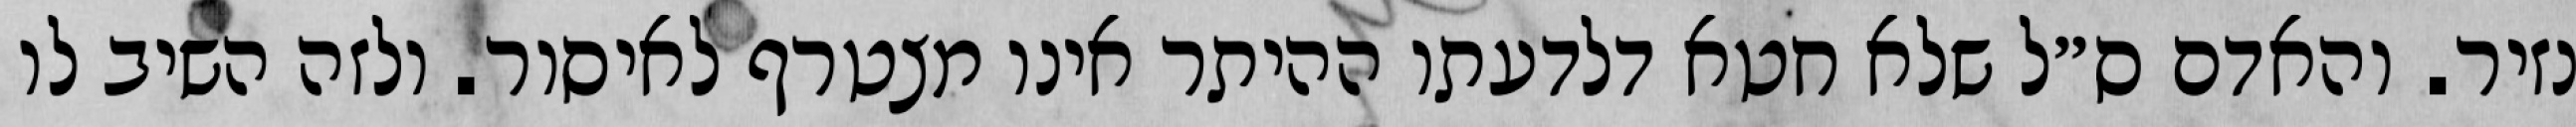
נזיר. והאדם ס״ל שלא חטא דלדעתו ההיתר אינו מצטרף לאיסור. ולזה השיב לו